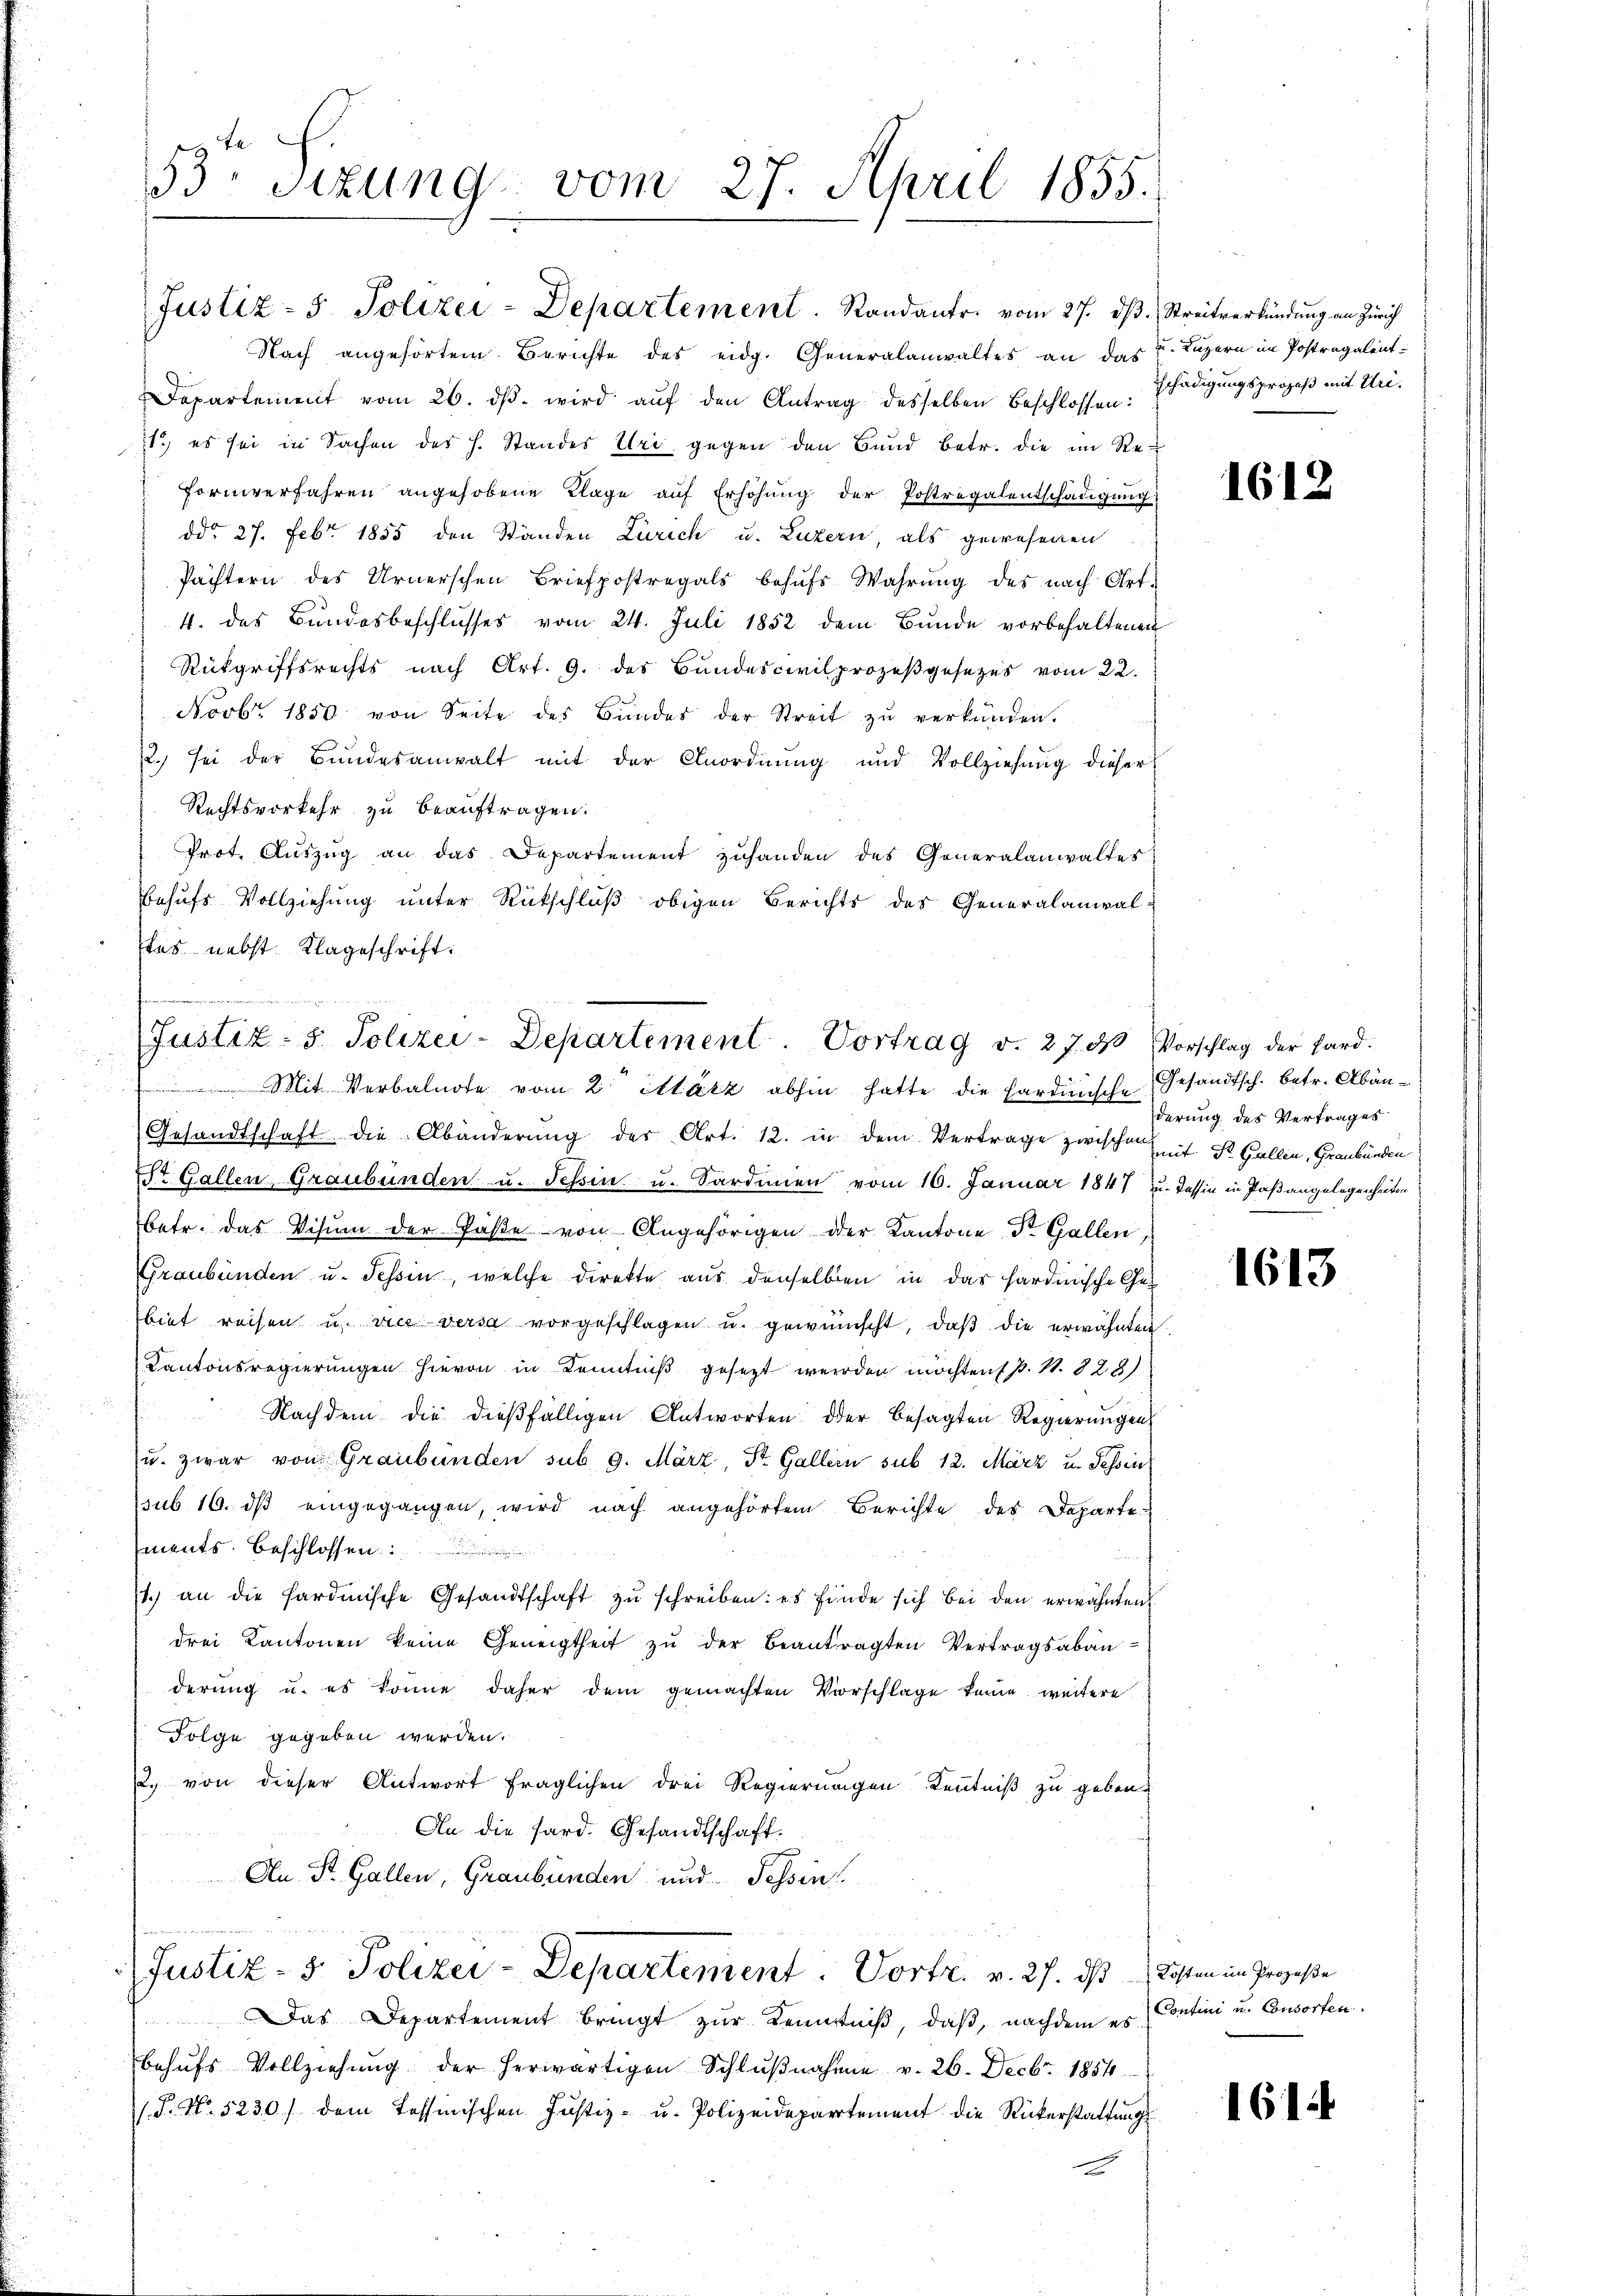
33 sizung vom 27. April 1855.

Justiz- & Polizei-Departement. Randants. vom 27. dβ. Streitverkündŭng an Zürich
Nach angehörten. Berichte des eidg. Generalanwaltes an das
Departement vom 26. ds. wird auf den Antrag desselben Beschlossen: Schädigungsprozeß mit Uri¬
11., es sei in Sachen des h. Standes Uri gegen den Band betr. die im Re¬
Formverfahren angehobene Klage auf Erhöhŭng der Postregalentschädigŭng
ddo 27. Febr. 1855 den Ständen Zürich u. Luzern, als gewesenen
Pächtern des Urnerschen Briefpostregals behŭfs Wahrŭng des nach Art.
4. des Bundesbeschlusses vom 24. Juli 1852 dem Bunde vorbehaltenen
Rückgriffsrechts nach Art. 9. des Bundescivilprozeβgesezes vom 22.
Novbr. 1850 von Seite des Bundes der Streit zŭ verkünden.
12.) sei der Bundesanwalt mit der Anordnung und Vollziehung dieser
Rechtsvorkehr zu beauftragen.
Prot. Aŭszŭg an das Departement zuhanden des Generalanwaltes
Behufs Vollziehung unter Rückschluß obigen Berichts des Generalanial-
tas nebst Klageschrift:
Gesandtschaft die Abänderŭng der Art. 12. in dem Vertrage zwischen mit St. Gallen, Graubünden
Dr. Gallen, Graubünden u. Tessin u. Sardinen vom 16. Januar 1847 zu. Tessin in Paßangelegenheiten
betr. das Visum der Paste von Angehörigen der Kantone Dr. Gallen,
Graubünden u. Tessin, welche direkte aus denselben in das hardinische Gebiet reisen u. vice versa vorgeschlagen u. gewünscht, daβ die erwähnten
Kantonsregierŭngen hievon in Kenntniβ gesezt werden möchtensp. 11. 828)
Nachdem die dießfälligen Antworten oder besagten Regierungen
u. zwar von Graubünden sub. 9. März, St. Gallern sub 12. März u. Tessin
sub 16. ds eingegangen, wird nach angehörtem Berichte des Departe-
ments Beschlossen
1.) an die Sardinische Gesandtschaft zu schreiben: es finde sich bei den erwähnten
drei Kantonen keine Geneigtheit zŭ der Beantragten Vertragsaban-
derung u. es könne daher dem gemachten Vorschlage keine weitere
Folge gegeben werden.
2. von dieser Antwort fraglichen drei Regierungen Kenntniß zu gebent
An die sard. Gesandtschaft.
An. St. Gallen, Graubünden und Tessin
Justiz- & Polizei-Departement  .   Portr. v. 27. ds Kosten im Prozeße
 Das Departement bringt zur Kenntniß, daß, nachdem es
behŭfs Vollziehung der herwärtigen Schlŭβnahme v. 26. Decbr. 1854
/S. Nr. 5230) dem Tessinischen Justiz- u. Polizeidepartement die Rückerstattung
t

Justiz- & Polizei-Departement. Vortrag v. 27. ds Vorschlag der Hard.
Mit Verbalnote vom 2. ittárz abhin hatte die Hardensche

u Luzern im Postregalent

1612

Gesandtsch. betr. Abänderung des Vertrages

1613

Contini u. Consorten.

1614